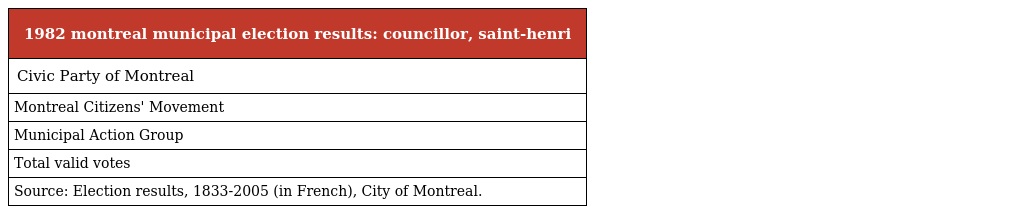
| 1982 montreal municipal election results: councillor, saint-henri |
 | --- |
 | Civic Party of Montreal |
 | Montreal Citizens' Movement |
 | Municipal Action Group |
 | Total valid votes |
 | Source: Election results, 1833-2005 (in French), City of Montreal. |